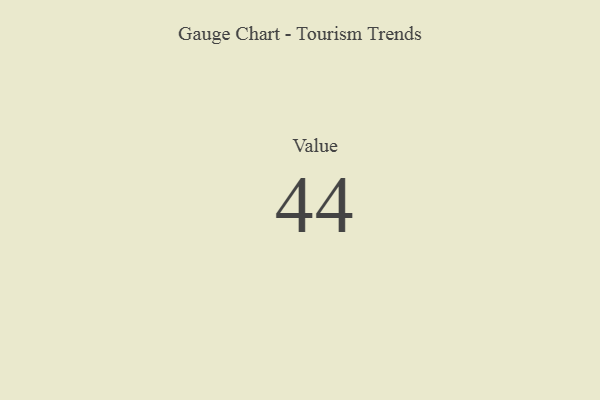
{"axis": {"x": "Metric", "y": "Value"}, "legend": [""], "data": [{"x": "Value", "y": 44, "type": ""}]}